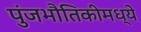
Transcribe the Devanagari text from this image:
पुंजभौतिकीमध्ये